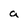
Character: a